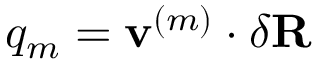
q _ { m } = \mathbf { v } ^ { ( m ) } \cdot \delta \mathbf { R }